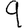
Digit: 9